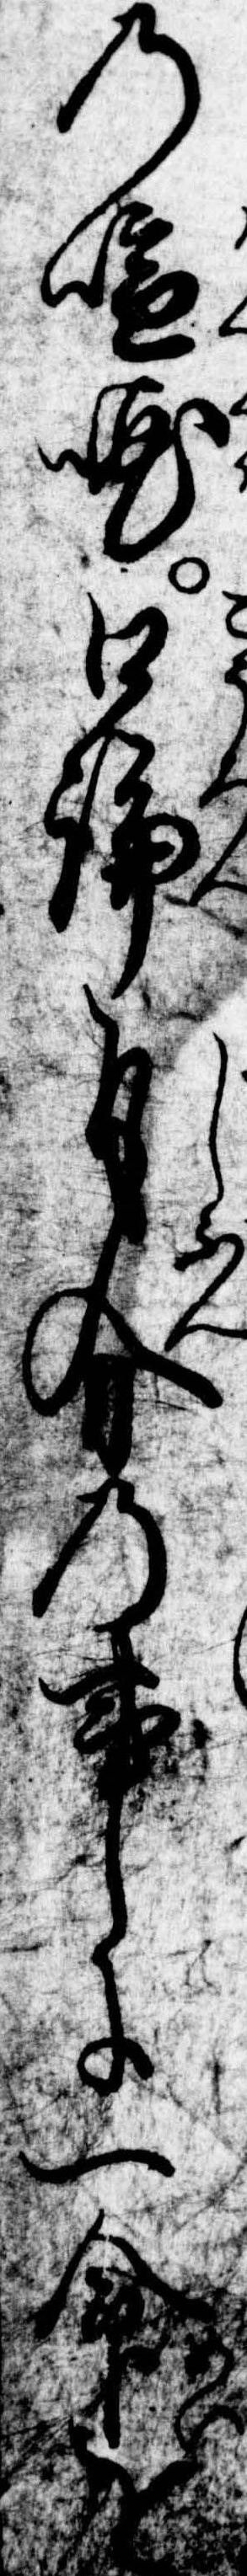
の喧嘩口論自分の事に一命を